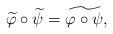
LaTeX: \begin{align*}\widetilde{\varphi} \circ \widetilde{\psi}= \widetilde{\varphi\circ \psi},\end{align*}